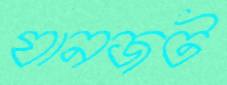
যানজট